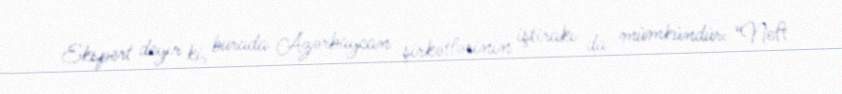
Ekspert deyir ki, burada Azərbaycan şirkətlərinin iştirakı da mümkündür: “Neft